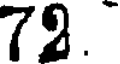
79.